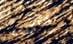
الماكينة